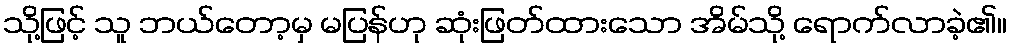
သို့ဖြင့် သူ ဘယ်တော့မှ မပြန်ဟု ဆုံးဖြတ်ထားသော အိမ်သို့ ရောက်လာခဲ့၏။